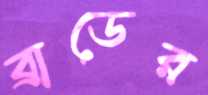
ব্রাডের